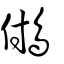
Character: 𩿧